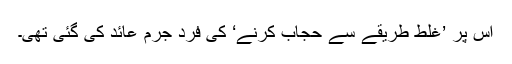
اس پر ’غلط طريقے سے حجاب کرنے‘ کی فرد جرم عائد کی گئی تھی۔